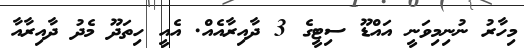
މިހާރު ނުނިމިވަނީ އައްޑޫ ސިޓީގެ 3 ދާއިރާއެއް. އެއީ ހިތަދޫ މެދު ދާއިރާއާ